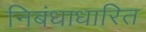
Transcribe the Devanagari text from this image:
निबंधाधारित